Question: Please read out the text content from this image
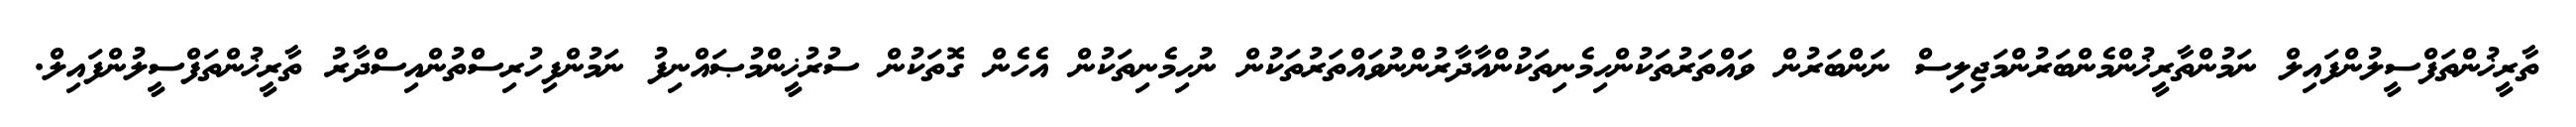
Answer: ތާރީޚުންތަފްސީލުންފައިލް ނަމުންތާރީޚުންމެންބަރުންމަޖިލިސް ނަންބަރުން ވައްތަރުތަކުންހިމެނިތަކުންއާދާރުންނުވައްތަރުތަކުން ނުހިމެނިތަކުން އެހެން ގޮތަކުން ސުރުޚީންމުޞައްނިފު ނަމުންފިހުރިސްތުންއިސްދާރު ތާރީޚުންތަފްސީލުންފައިލް.